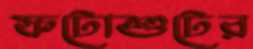
ফটোশুটের